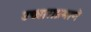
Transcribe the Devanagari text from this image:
उच्चाराप्रमाणे